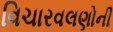
વિચારવલણોની